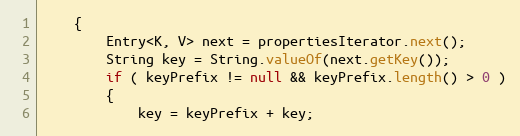
Language: Java
	{
		Entry<K, V> next = propertiesIterator.next();
		String key = String.valueOf(next.getKey());
		if ( keyPrefix != null && keyPrefix.length() > 0 )
		{
			key = keyPrefix + key;